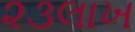
૨૩લાખ